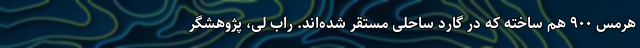
هرمس ۹۰۰ هم ساخته که در گارد ساحلی مستقر شده‌اند. راب‌ لی، پژوهشگر